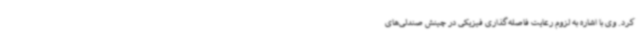
کرد. وی با اشاره به لزوم رعایت فاصله‌گذاری فیزیکی در چینش صندلی‌های